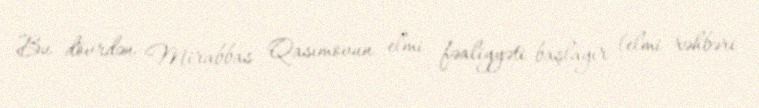
Bu dövrdən Mirabbas Qasımovun elmi fəaliyyəti başlayır (elmi rəhbəri